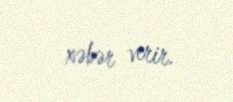
xəbər verir.